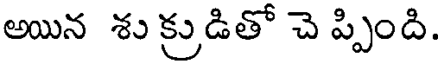
అయిన శు క్రుడితో చె ప్పింది.